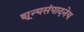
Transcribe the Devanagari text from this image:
शून्यसंपादनेय